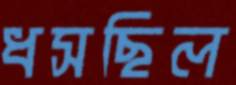
ধসছিল